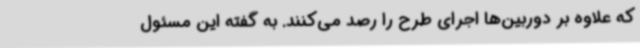
که علاوه بر دوربین‌ها اجرای طرح را رصد می‌کنند. به گفته این مسئول